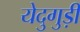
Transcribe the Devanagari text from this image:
येदुगुड़ी